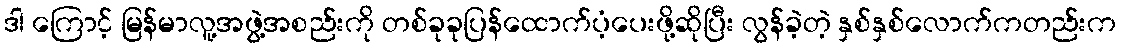
ဒါ ကြောင့် မြန်မာလူ့အဖွဲ့အစည်းကို တစ်ခုခုပြန်ထောက်ပံ့ပေးဖို့ဆိုပြီး လွန်ခဲ့တဲ့ နှစ်နှစ်လောက်ကတည်းက